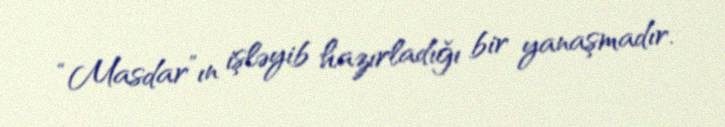
“Masdar”ın işləyib hazırladığı bir yanaşmadır.